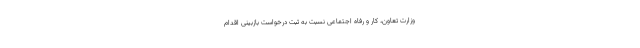
وزارت تعاون، کار و رفاه اجتماعی نسبت به ثبت درخواست بازبینی اقدام